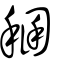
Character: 稇